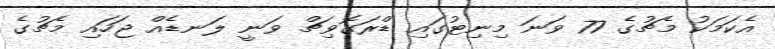
އެކަމަކު މެޗުގެ 77 ވަނަ މިނިޓުގައި ޑްރަގޮވިޗް ވަނީ ލަނޑެއް ޖަހައި މެޗުގެ